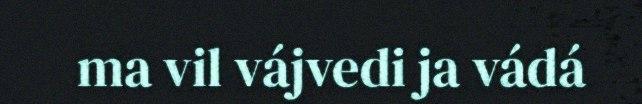
ma vil vájvedi ja vádá